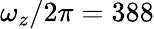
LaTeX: \omega_{z}/2\pi=388